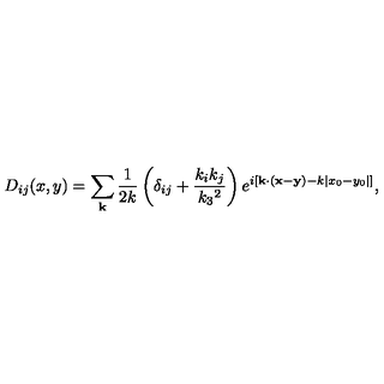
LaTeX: D _ { i j } ( x , y ) = \sum _ { \bf k } \frac { 1 } { 2 k } \left( \delta _ { i j } + \frac { k _ { i } k _ { j } } { k _ { 3 } { } ^ { 2 } } \right) e ^ { i \left[ { \bf k \cdot ( x - y ) } - k | x _ { 0 } - y _ { 0 } | \right] } ,